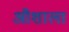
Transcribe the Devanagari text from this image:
औशाला